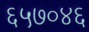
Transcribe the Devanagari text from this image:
६५७०४६